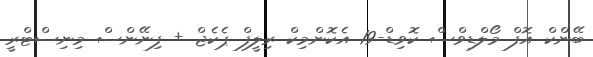
ބޭންކް އޮފް މޯލްޑިވްސް ކޮވިޑް-19 އެކޮންމިކް ރިލީފް ޕެކެޖް + ފިނޭންސް މިނިސްޓްރީ